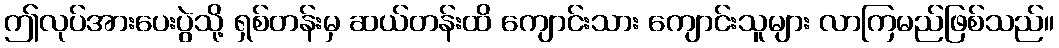
ဤလုပ်အားပေးပွဲသို့ ရှစ်တန်းမှ ဆယ်တန်းထိ ကျောင်းသား ကျောင်းသူများ လာကြမည်ဖြစ်သည်။